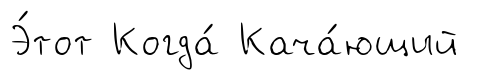
Э́тот Когда́ Кача́ющий